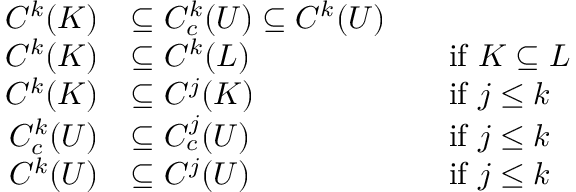
{ \begin{array} { r l r l } { C ^ { k } ( K ) } & { \subseteq C _ { c } ^ { k } ( U ) \subseteq C ^ { k } ( U ) } \\ { C ^ { k } ( K ) } & { \subseteq C ^ { k } ( L ) } & & { { \mathrm { i f ~ } } K \subseteq L } \\ { C ^ { k } ( K ) } & { \subseteq C ^ { j } ( K ) } & & { { \mathrm { i f ~ } } j \leq k } \\ { C _ { c } ^ { k } ( U ) } & { \subseteq C _ { c } ^ { j } ( U ) } & & { { \mathrm { i f ~ } } j \leq k } \\ { C ^ { k } ( U ) } & { \subseteq C ^ { j } ( U ) } & & { { \mathrm { i f ~ } } j \leq k } \end{array} }